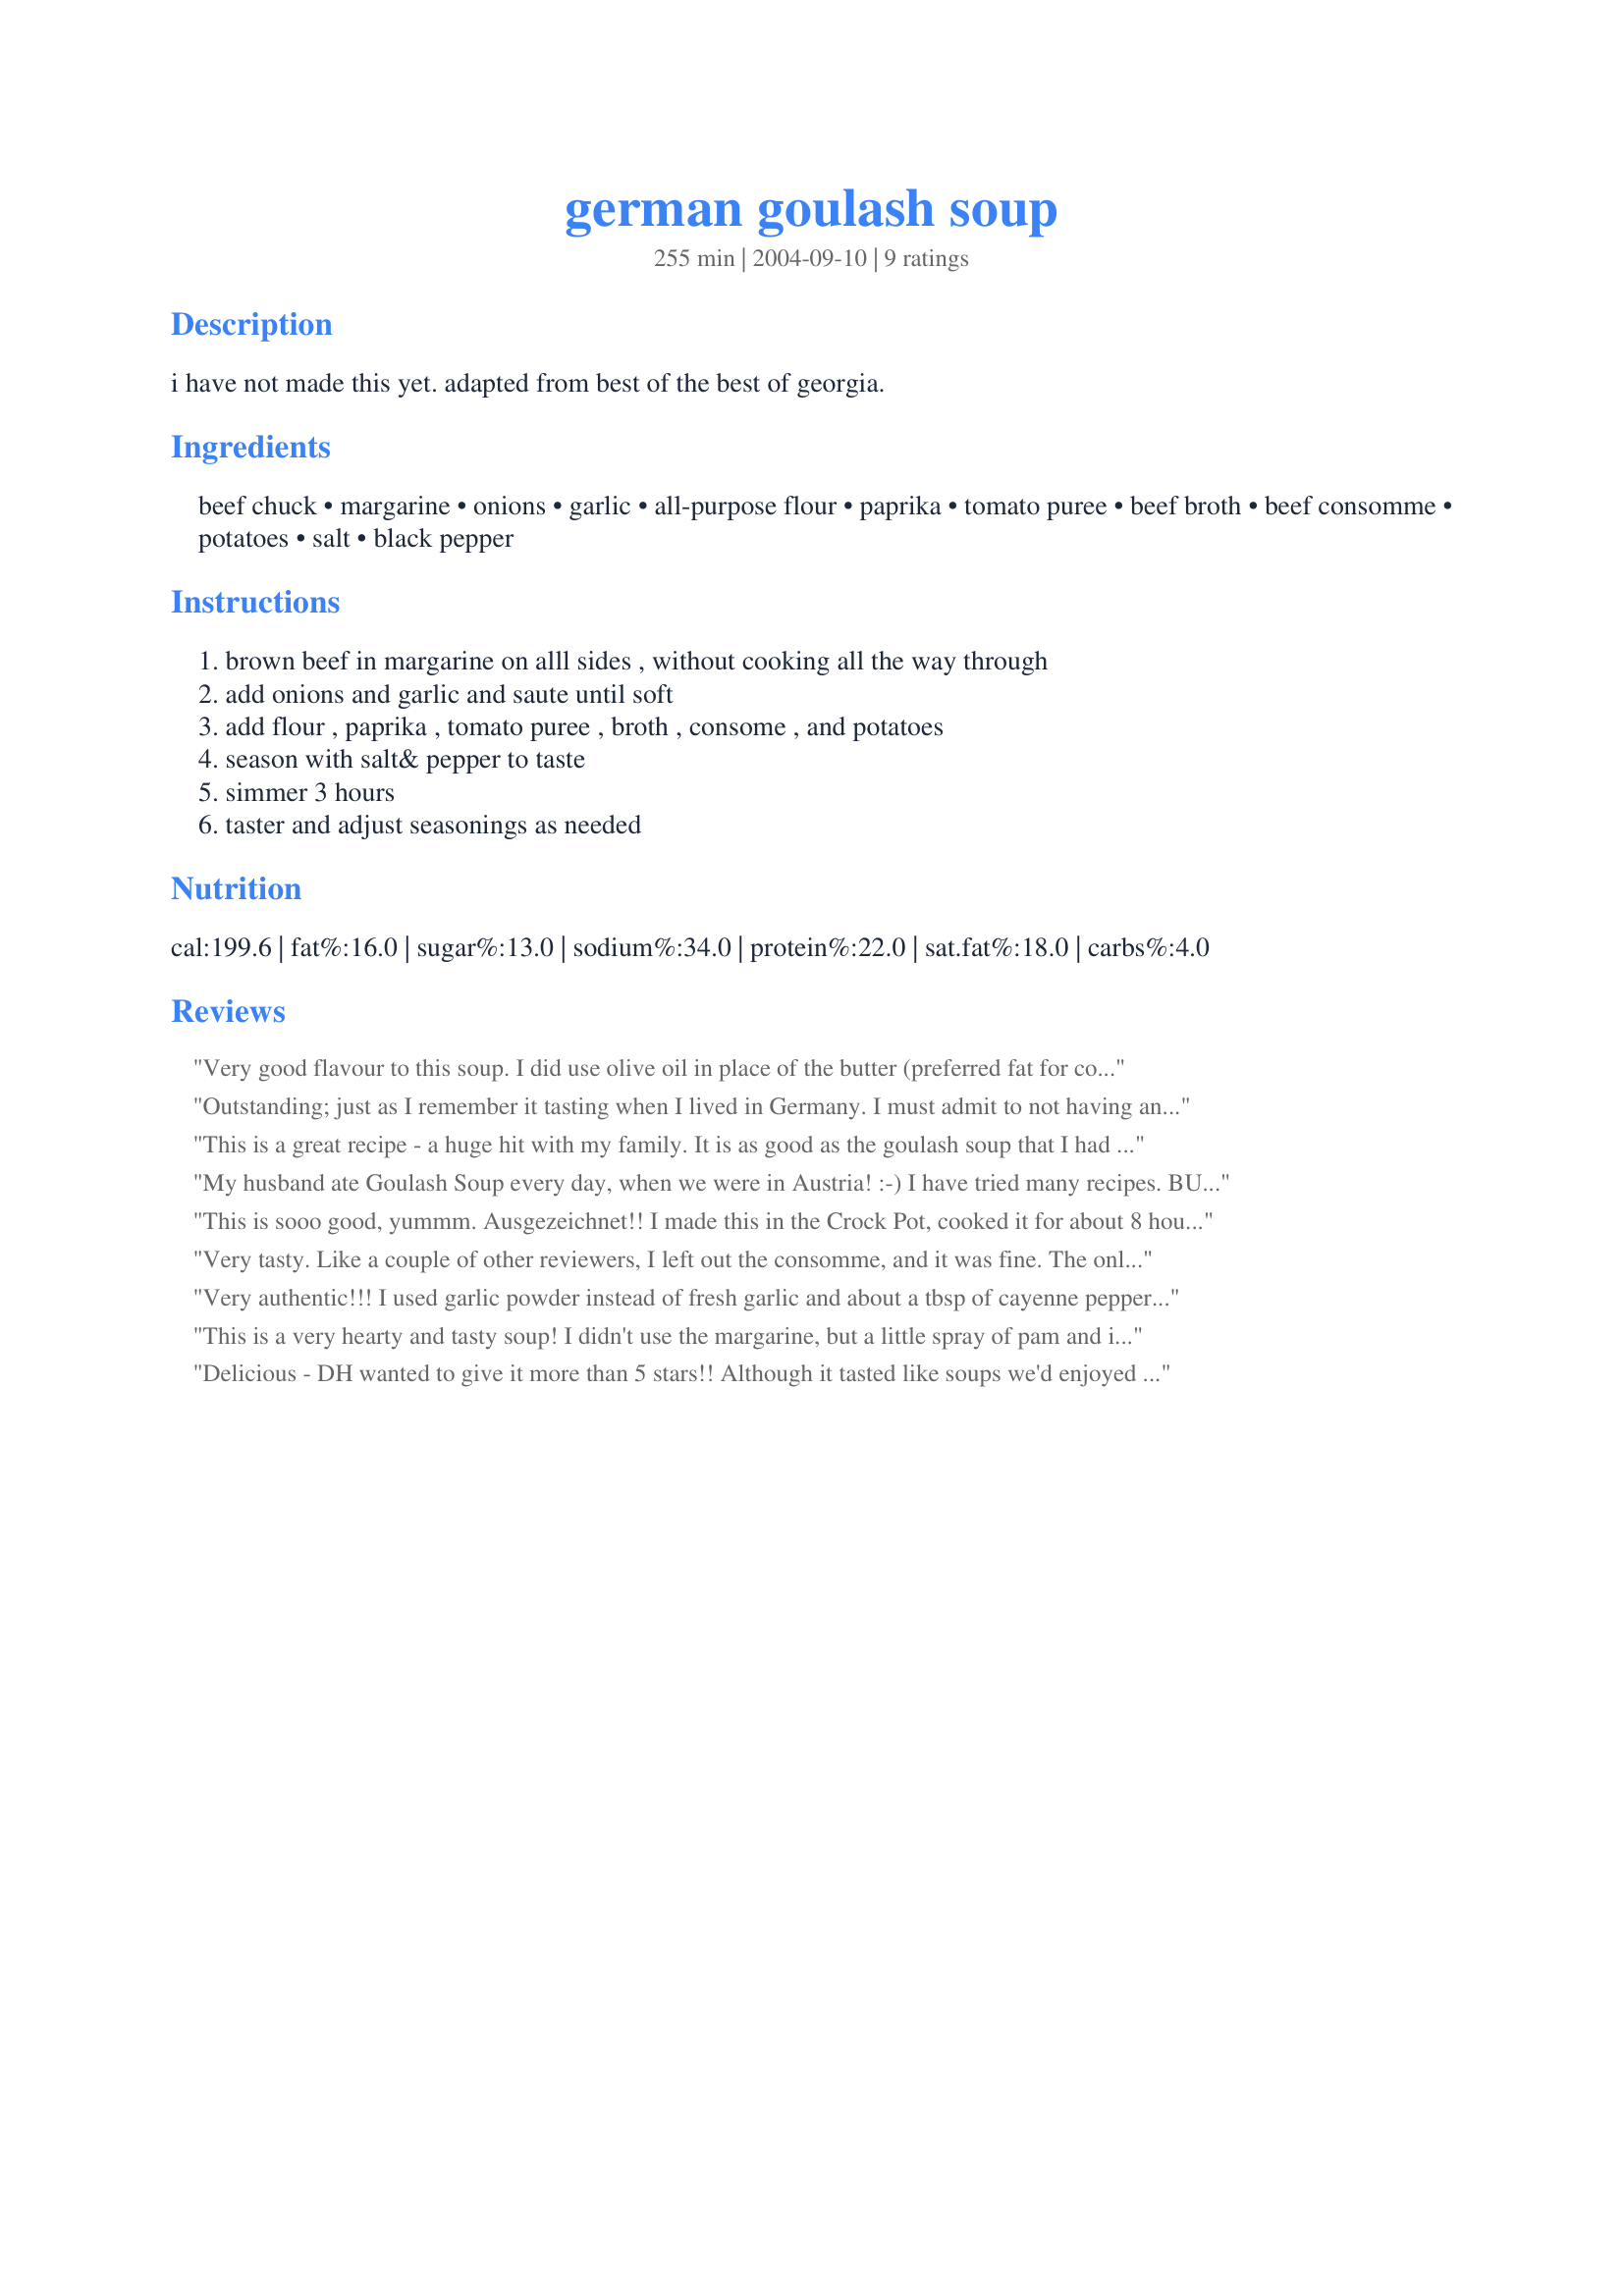
german goulash soup
Preparation time: 255 minutes

i have not made this yet. adapted from best of the best of georgia.

Ingredients:
beef chuck, margarine, onions, garlic, all-purpose flour, paprika, tomato puree, beef broth, beef consomme, potatoes, salt, black pepper

Steps:
brown beef in margarine on alll sides , without cooking all the way through, add onions and garlic and saute until soft, add flour , paprika , tomato puree , broth , consome , and potatoes, season with salt& pepper to taste, simmer 3 hours, taster and adjust seasonings as needed

Reviews:
Very good flavour to this soup. I did use olive oil in place of the butter (preferred fat for cooking in my kitchen). One thing I did NOT do was add the potatoes at the point indicated as I was sure the diced potatoes would melt away to nothing if cooked for 3 hours. I added them for the last half hour only. Please be sure to stir this every so often as the 'gravy' becomes quite thick because of the flour and is prone to scorch on the bottom. It just needs a little more attention than in indicated.
Outstanding; just as I remember it tasting when I lived in Germany. I must admit to not having any consome and just omitted it so not sure what impact that may have on taste the next time I make it. Also, may try this one in a slow cooker next time.
This is a great recipe - a huge hit with my family. It is as good as the goulash soup that I had in Germany. The only things I changed was that I used Hungarian Sweet Paprika (start with less paprika and add to taste) and I added carrots and celery. Thanks for a great recipe.
My husband ate Goulash Soup every day, when we were in Austria! :-) I have tried many recipes. BUT none came as close as yours!!! 10 STARS! For this one! :-)
This is sooo good, yummm. Ausgezeichnet!!
I made this in the Crock Pot, cooked it for about 8 hours on low. I only had a 6 oz can of tomato paste, so I added about 1/2 cup of ketchup ( I had looked up some substitutions for puree) and I didn't have beef consomme, so I just left it out. It tasted exactly like the Gulasch- suppe my Mom used to make. Thank you for this great keeper recipe.
Very tasty. Like a couple of other reviewers, I left out the consomme, and it was fine. The only thing I felt was missing was caraway seed--my Austrian grandmother always added it to her goulash, so next time I will add some. Thanks for the recipe, HeatherFeather!
Very authentic!!! I used garlic powder instead of fresh garlic and about a tbsp of cayenne pepper in addition to the paprika. I also added a red bell pepper. Soooooooo good, thanks!
This is a very hearty and tasty soup! I didn't use the margarine, but a little spray of pam and it came out just fine. I cooked it on low for about 4 hours and added the potatoes the last hour. Very simple to put together and a stir every so often makes it pretty easy to just let it go. Will definitely make again! Thank you for sharing this recipe!
Delicious - DH wanted to give it more than 5 stars!! Although it tasted like soups we'd enjoyed in Germany, this one had a depth to it that comes from making it at home and not in the kitchen of a restaurant. The broth was oniony and rich, the beef very tender, and the potatoes (which we put in as instructed) melted in our mouths. Perfect for a chilly winter evening. Thanks HeatherFeather!
